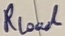
Text: RLoal